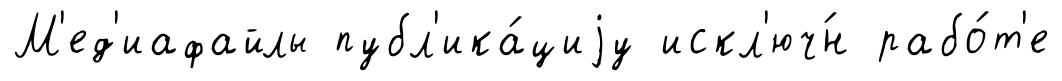
М'ед'иафайлы публ'ика́циjу искл'юч́н рабо́т'е